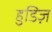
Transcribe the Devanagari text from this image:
हुडिज़